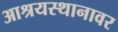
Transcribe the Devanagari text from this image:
आश्रयस्थानावर